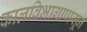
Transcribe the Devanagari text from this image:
कालविभागापासून